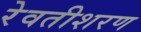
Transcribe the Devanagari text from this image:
रेवतीशरण